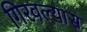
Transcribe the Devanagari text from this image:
गिरवल्यास